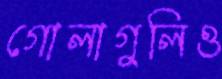
গোলাগুলিও